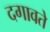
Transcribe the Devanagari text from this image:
दगावते